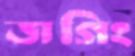
জগিং